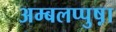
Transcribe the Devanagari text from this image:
अम्बलप्पुष़ा